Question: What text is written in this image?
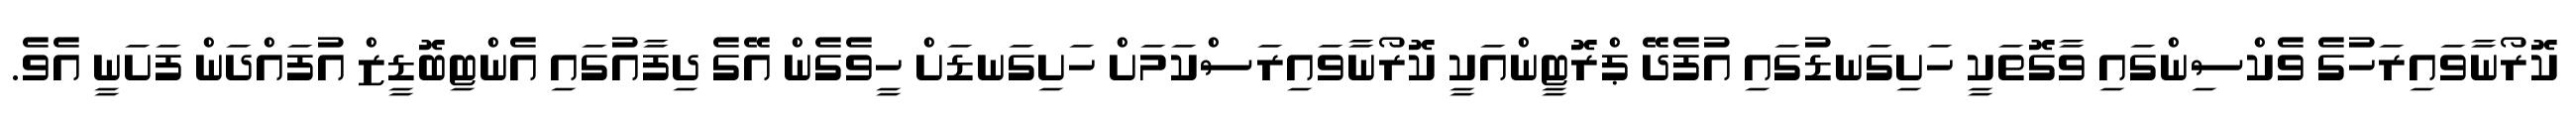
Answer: ކޮރޯނާވައިރަހުގެ ވެކްސިންގައި ވާގޮތަކީ ހަށިގަނޑުގައި އުފެދޭ ޕްރޮޓީންއަކީ ކޮރޯނާވައިރަސްކަމަށް ހަށިގަނޑަށް ހީވެގެން އޭގެ ދިފާއުގައި އެންޓިބޮޑީޒް އުފައްދަން ފަށަނީ އެވެ.